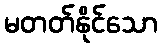
မတတ်နိုင်သော